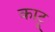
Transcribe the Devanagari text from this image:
काटू